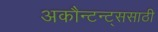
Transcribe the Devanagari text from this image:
अकौन्टन्ट्‌ससाठी